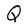
Character: Q